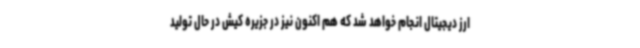
ارز دیجیتال انجام خواهد شد که هم اکنون نیز در جزیره کیش در حال تولید